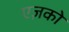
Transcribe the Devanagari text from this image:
एज़को